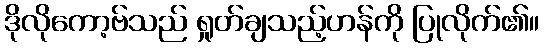
ဒိုလိုကော့ဗ်သည် ရှုတ်ချသည့်ဟန်ကို ပြုလိုက်၏။